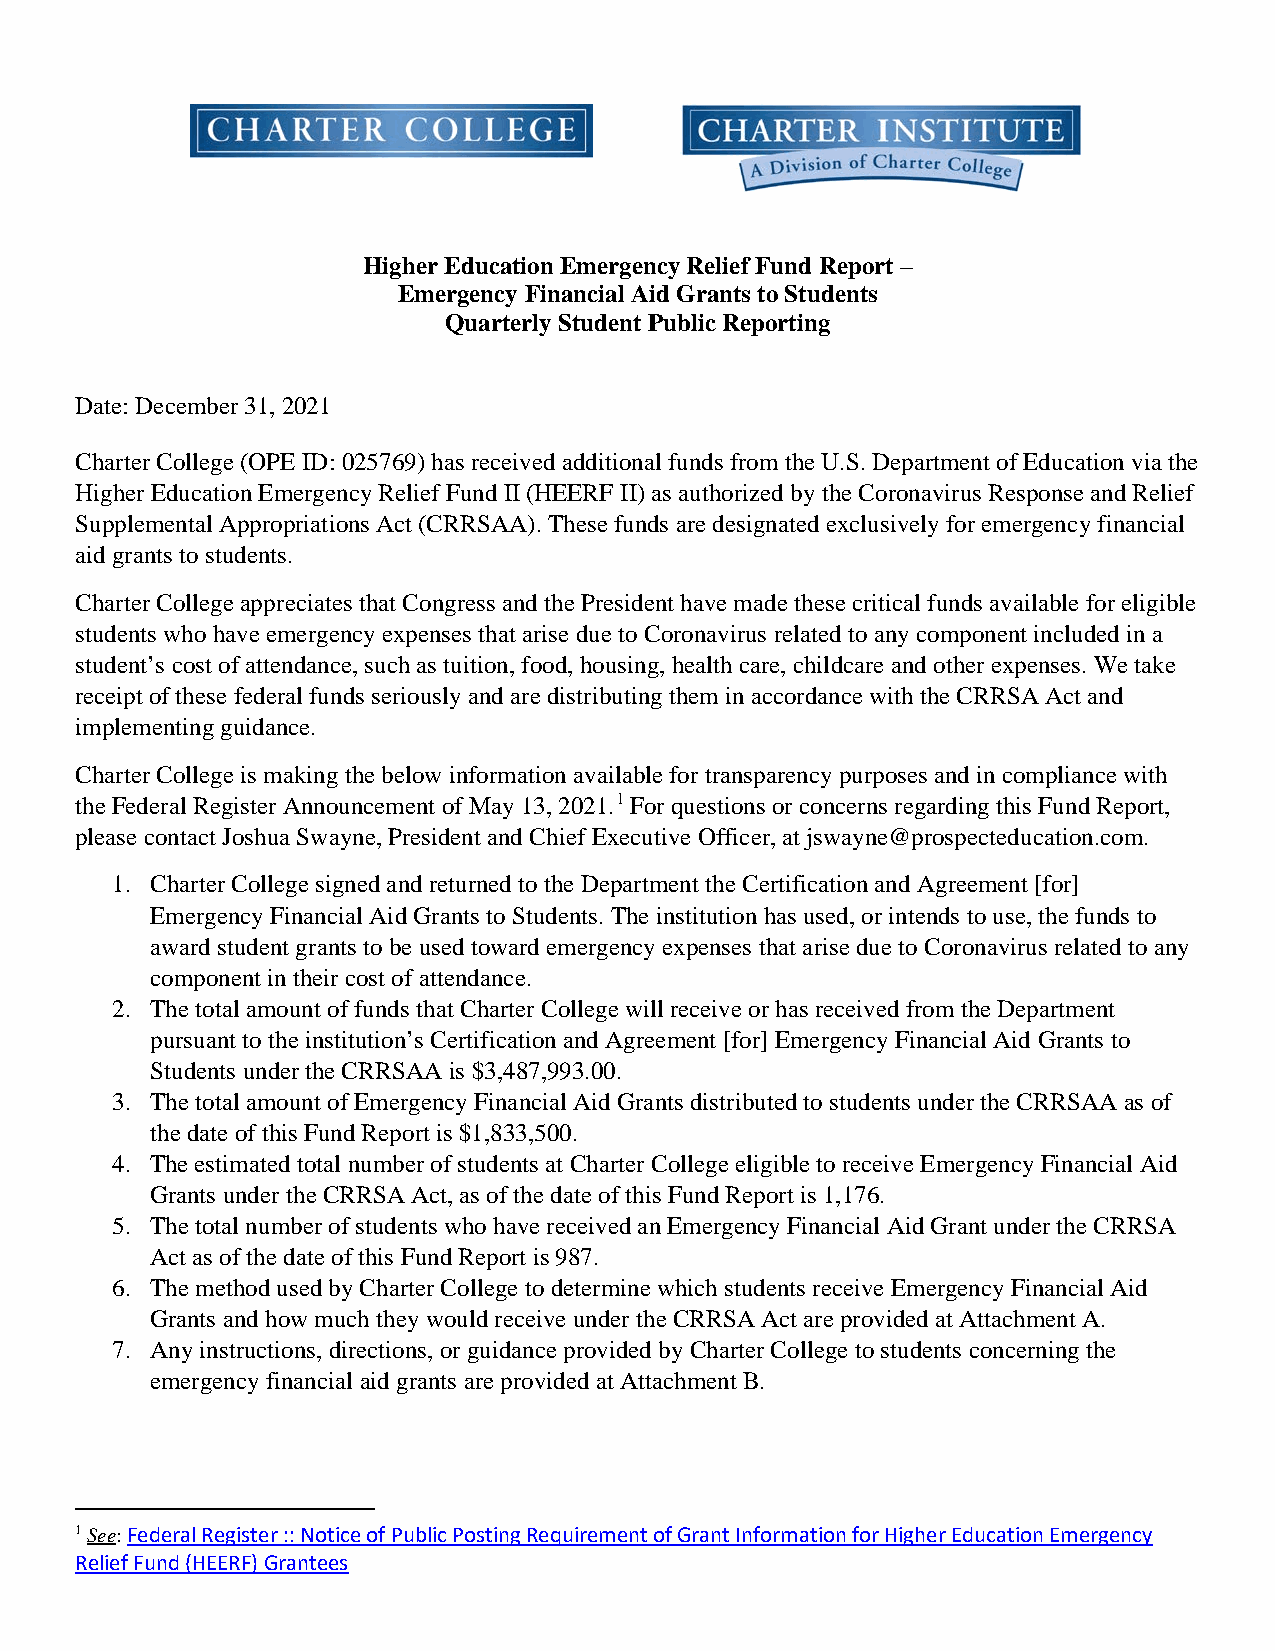
Higher Education Emergency Relief Fund Report –
 Emergency Financial Aid Grants to Students
 Quarterly Student Public Reporting
 Date: December 31, 2021
 Charter College (OPE ID: 025769) has received additional funds from the U.S. Department of Education via the
 Higher Education Emergency Relief Fund II (HEERF II) as authorized by the Coronavirus Response and Relief
 Supplemental Appropriations Act (CRRSAA). These funds are designated exclusively for emergency financial
 aid grants to students.
 Charter College appreciates that Congress and the President have made these critical funds available for eligible
 students who have emergency expenses that arise due to Coronavirus related to any component included in a
 student’s cost of attendance, such as tuition, food, housing, health care, childcare and other expenses. We take
 receipt of these federal funds seriously and are distributing them in accordance with the CRRSA Act and
 implementing guidance.
 Charter College is making the below information available for transparency purposes and in compliance with
 the Federal Register Announcement of May 13, 2021.1 For questions or concerns regarding this Fund Report,
 please contact Joshua Swayne, President and Chief Executive Officer, at jswayne@prospecteducation.com.
 1. Charter College signed and returned to the Department the Certification and Agreement [for]
 Emergency Financial Aid Grants to Students. The institution has used, or intends to use, the funds to
 award student grants to be used toward emergency expenses that arise due to Coronavirus related to any
 component in their cost of attendance.
 2. The total amount of funds that Charter College will receive or has received from the Department
 pursuant to the institution’s Certification and Agreement [for] Emergency Financial Aid Grants to
 Students under the CRRSAA is $3,487,993.00.
 3. The total amount of Emergency Financial Aid Grants distributed to students under the CRRSAA as of
 the date of this Fund Report is $1,833,500.
 4. The estimated total number of students at Charter College eligible to receive Emergency Financial Aid
 Grants under the CRRSA Act, as of the date of this Fund Report is 1,176.
 5. The total number of students who have received an Emergency Financial Aid Grant under the CRRSA
 Act as of the date of this Fund Report is 987.
 6. The method used by Charter College to determine which students receive Emergency Financial Aid
 Grants and how much they would receive under the CRRSA Act are provided at Attachment A.
 7. Any instructions, directions, or guidance provided by Charter College to students concerning the
 emergency financial aid grants are provided at Attachment B.
 1 See: Federal Register :: Notice of Public Posting Requirement of Grant Information for Higher Education Emergency
 Relief Fund (HEERF) Grantees